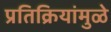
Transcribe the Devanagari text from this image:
प्रतिक्रियांमुळे